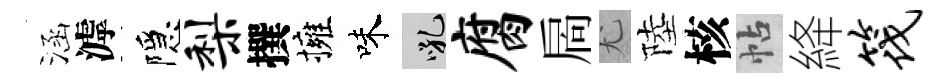
涵滹隱梨撰擁味吼腐扄尤陸核帖絳筏